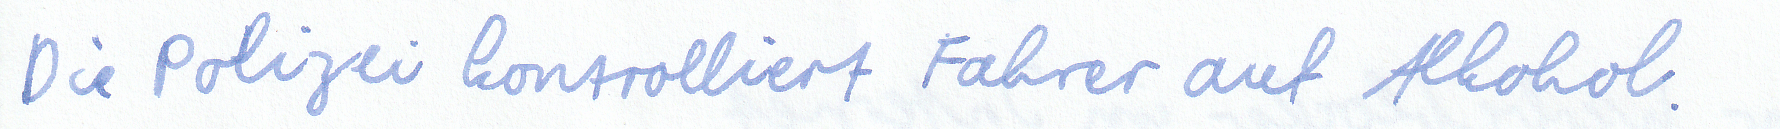
Die Polizei kontrolliert Fahrer auf Alkohol.